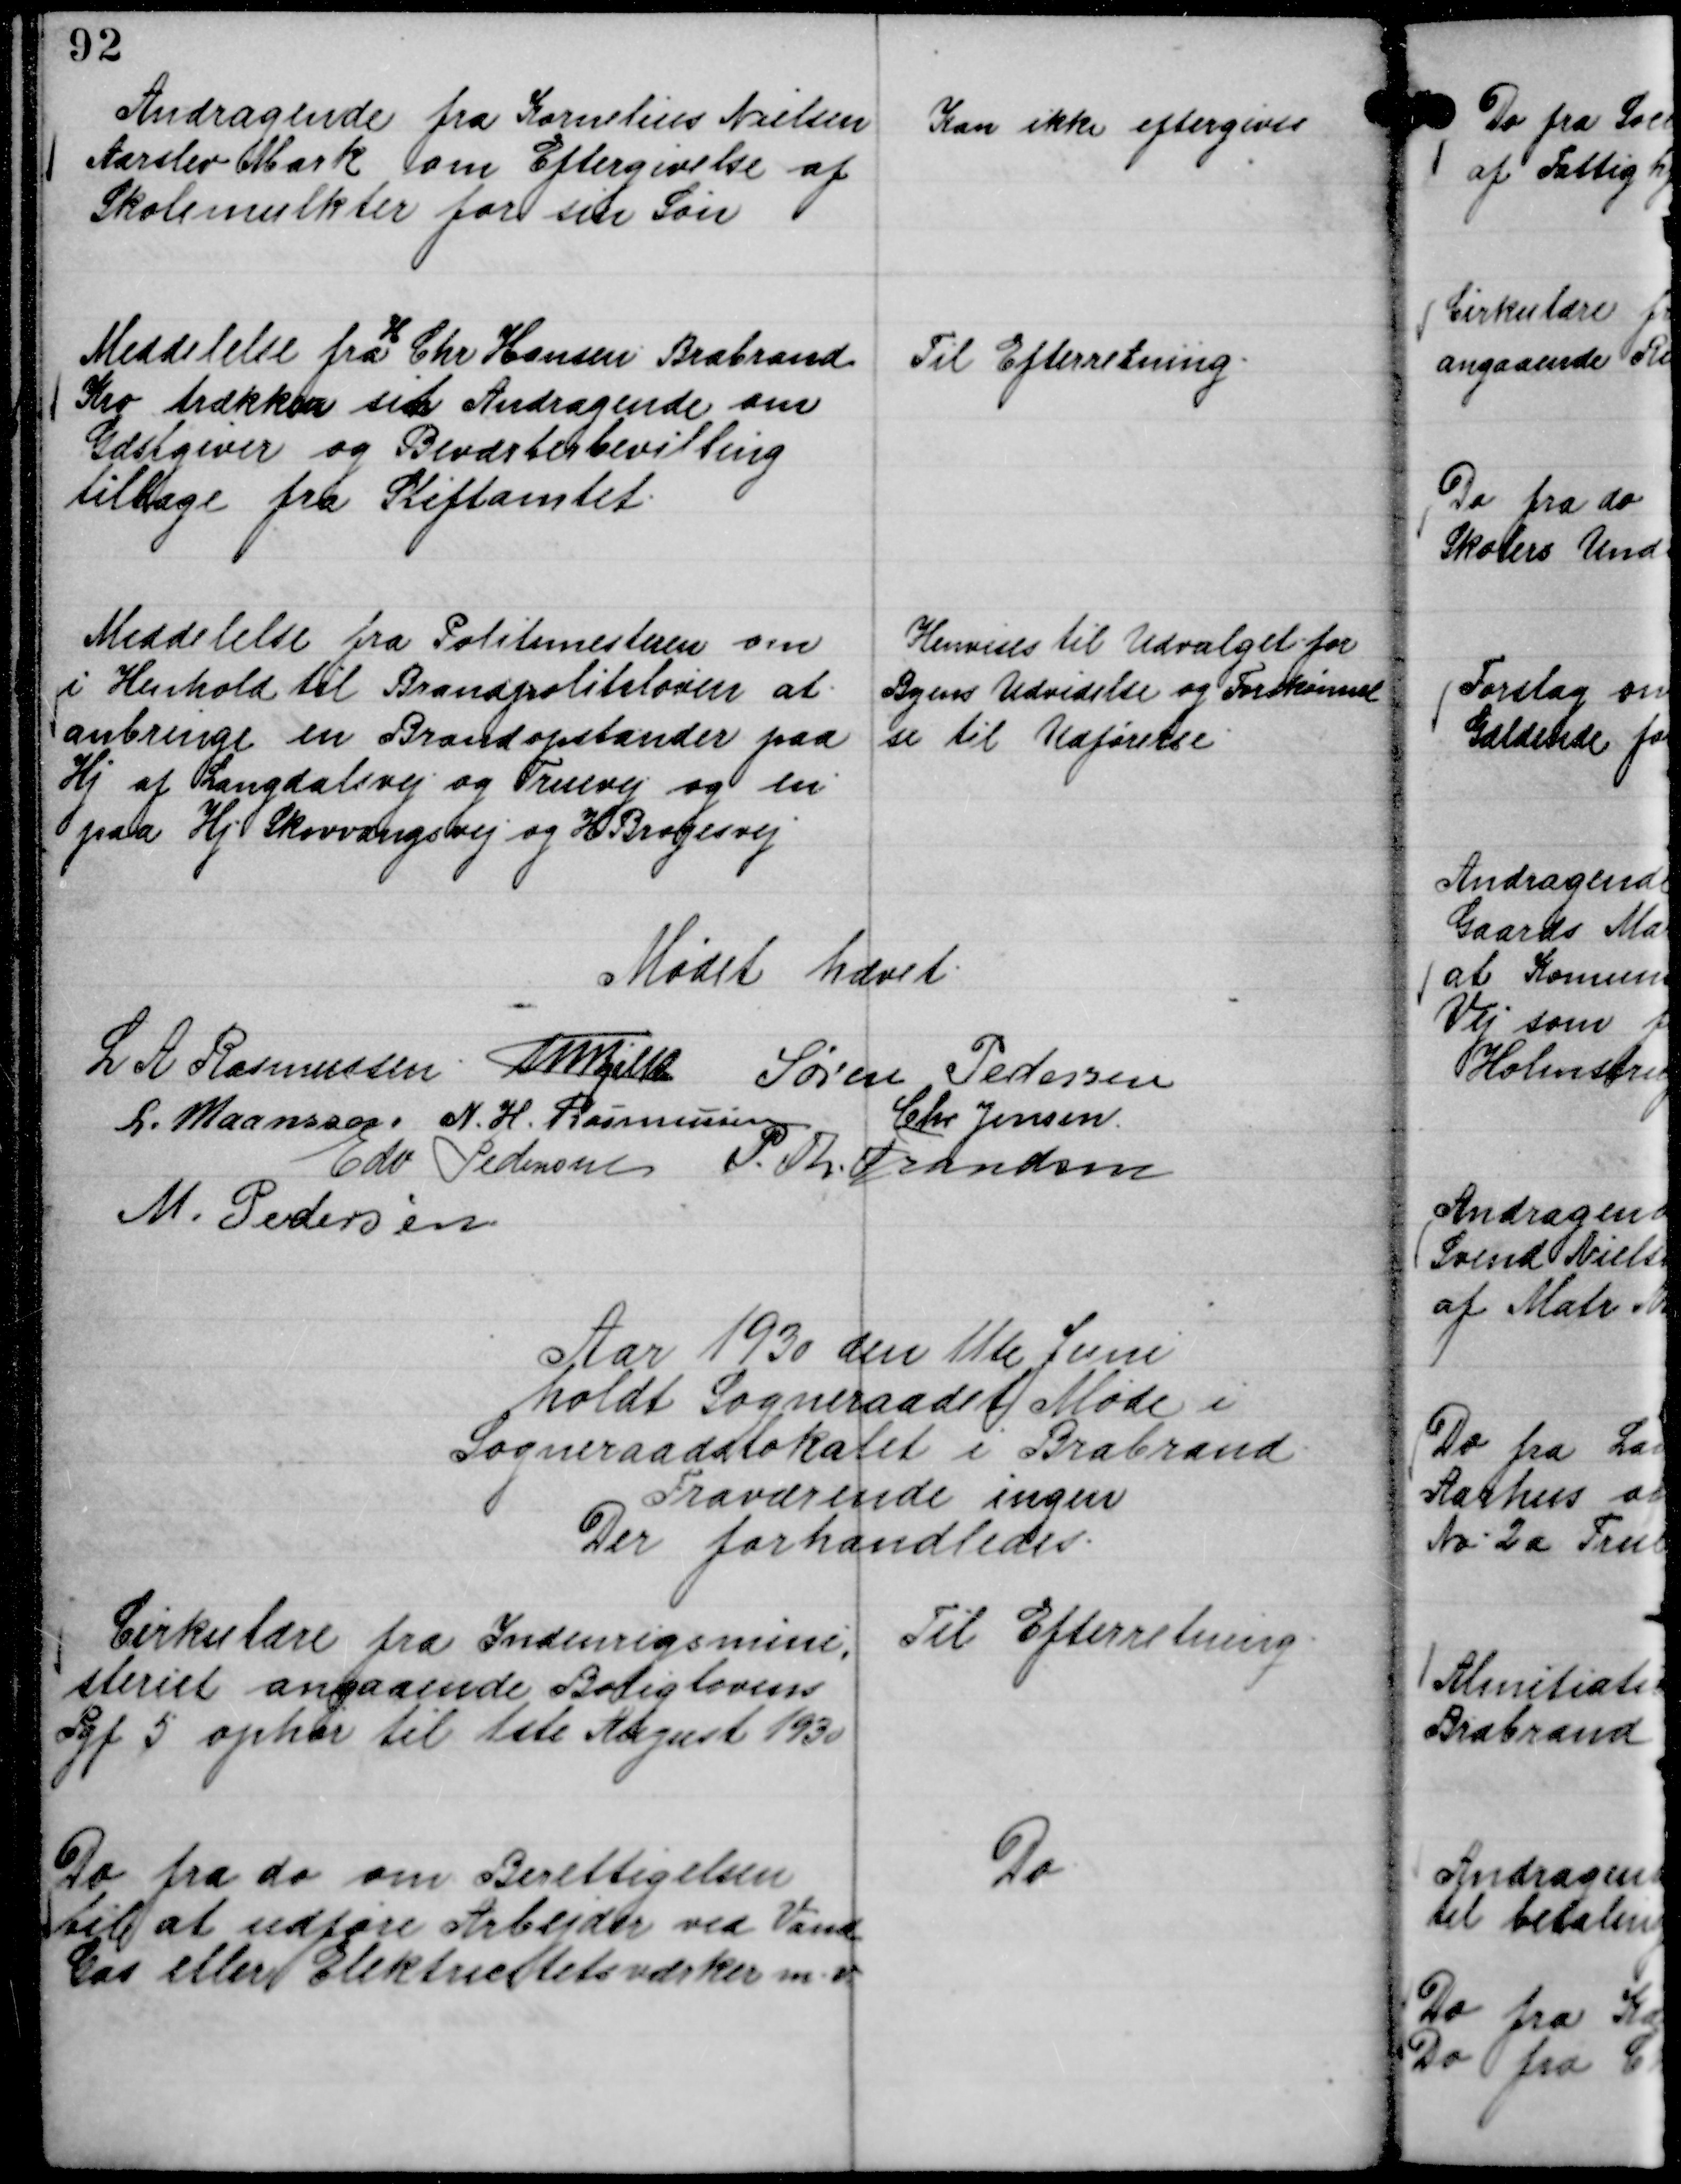
Transskription:
Andragende fra Kornelius Nielsen
Aarslev Mark om Eftergivelse af
Skolemulkter for sin Søn

Kan ikke eftergives

Meddelelse fra
H
Chr Hansen Brabrand
Kro trækker sin Andragende om
Gæstgiver og Beværterbevilling
tilbage fra Stiftamtet.

Til Efterretning.

Meddelelse fra Politimesteren om
i Henhold til Brandpolitiloven at
anbringe en Brandopstander paa
Hj af Langdalsvej og Truevej og en
paa Hj Skovvangsvej og H Brogesvej

Henvises til Udvalget for
Byens Udvidelse og Forskønnel
se til Udførelse.

Mødet hævet.
L A Rasmussen.
Th Bjelke
Søren Pedersen
L. Maansson.
N. H. Rasmussen
Chr Jensen.
Edv Pedersen
P. Th. Frandsen
M. Pedersen

Aar 1930 den 11te Juni
holdt Sogneraadet Møde i
Sogneraadslokalet i Brabrand.
Fraværende ingen
Der forhandledes.

Cirkulære fra Indenrigsmini,
steriet angaaende Boliglovens
Pgf 5 ophør til 1ste August 1930

Til Efterretning.

Do fra do om Berettigelsen
til at udføre Arbejder ved Vand
Gas eller Elektricitetsværker m. v.

Do.